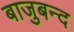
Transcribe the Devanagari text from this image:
बाजुबन्द